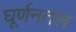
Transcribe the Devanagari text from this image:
घूर्णनतल